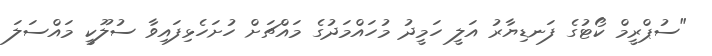
"ސުޕްރީމް ކޯޓުގެ ފަނޑިޔާރު އަލީ ހަމީދު މުހައްމަދުގެ މައްޗަށް ހުށަހެޅިފައިވާ ސުލޫކީ މައްސަލަ